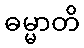
ဓမ္မာတိ